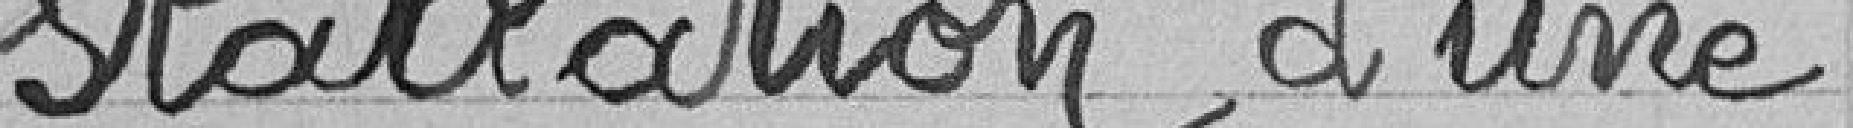
stallation d'une